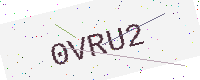
Text: 0VRU2